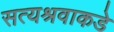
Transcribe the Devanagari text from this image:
सत्यश्रवाकडे